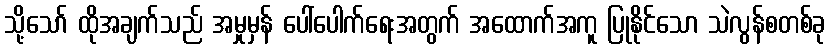
သို့သော် ထိုအချက်သည် အမှုမှန် ပေါ်ပေါက်ရေးအတွက် အထောက်အကူ ပြုနိုင်သော သဲလွန်စတစ်ခု